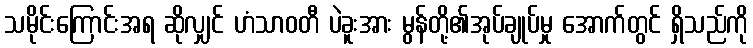
သမိုင်းကြောင်းအရ ဆိုလျှင် ဟံသာဝတီ ပဲခူးအား မွန်တို့၏အုပ်ချုပ်မှု အောက်တွင် ရှိသည်ကို